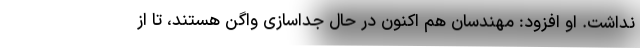
نداشت. او افزود: مهندسان هم اکنون در حال جداسازی واگن هستند، تا از